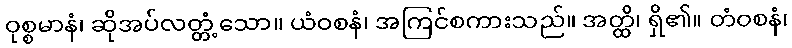
ဝုစ္စမာနံ၊ ဆိုအပ်လတ္တံ့သော။ ယံဝစနံ၊ အကြင်စကားသည်။ အတ္ထိ၊ ရှိ၏။ တံဝစနံ၊